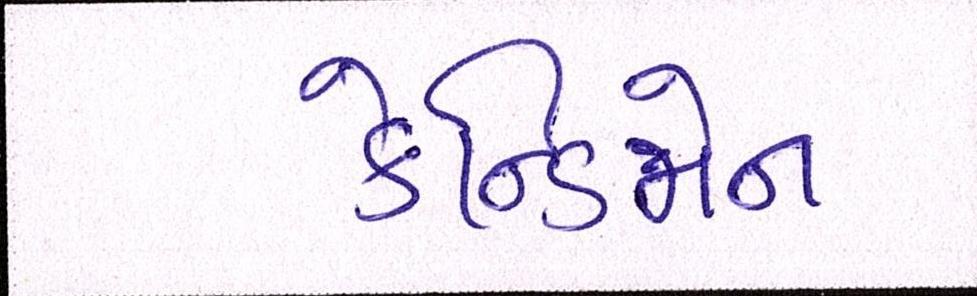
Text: કેન્ડિમેન